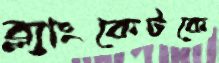
ব্ল্যাংকেটকে